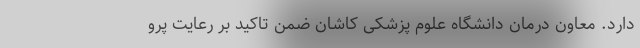
دارد. معاون درمان دانشگاه علوم پزشکی کاشان ضمن تاکید بر رعایت پرو